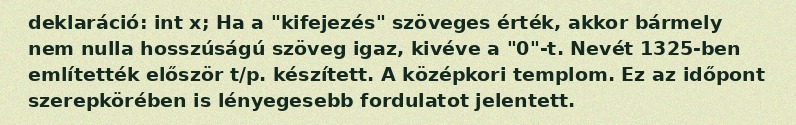
deklaráció: int x; Ha a "kifejezés" szöveges érték, akkor bármely nem nulla hosszúságú szöveg igaz, kivéve a "0"-t. Nevét 1325-ben említették először t/p. készített. A középkori templom. Ez az időpont szerepkörében is lényegesebb fordulatot jelentett.